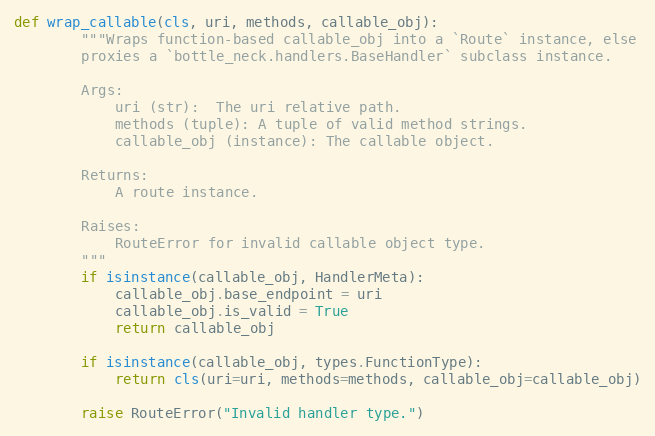
Language: Python
def wrap_callable(cls, uri, methods, callable_obj):
        """Wraps function-based callable_obj into a `Route` instance, else
        proxies a `bottle_neck.handlers.BaseHandler` subclass instance.

        Args:
            uri (str):  The uri relative path.
            methods (tuple): A tuple of valid method strings.
            callable_obj (instance): The callable object.

        Returns:
            A route instance.

        Raises:
            RouteError for invalid callable object type.
        """
        if isinstance(callable_obj, HandlerMeta):
            callable_obj.base_endpoint = uri
            callable_obj.is_valid = True
            return callable_obj

        if isinstance(callable_obj, types.FunctionType):
            return cls(uri=uri, methods=methods, callable_obj=callable_obj)

        raise RouteError("Invalid handler type.")